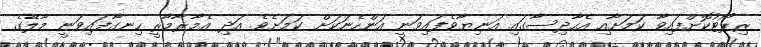
ރިޕޯޓުކޮށްފައިވާ ކަމަށާއި އެހާދިސާގައި އަނިޔާވެފައިވަނީ އަންހެނަކަށް ކަމަށެވެ. އަދި އެމާރާމާރީ ހިނގާފައިވަނީ މާލޭގެ